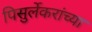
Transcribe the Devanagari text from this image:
पिसुर्लेकरांच्या